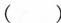
( )